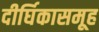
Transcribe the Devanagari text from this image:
दीर्घिकासमूह